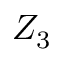
Z _ { 3 }